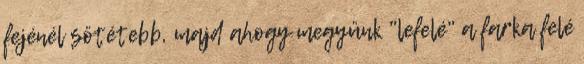
fejénél sötétebb, majd ahogy megyünk "lefelé" a farka felé